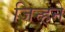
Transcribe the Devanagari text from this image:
जिन्हने